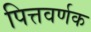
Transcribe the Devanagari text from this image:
पित्तवर्णक